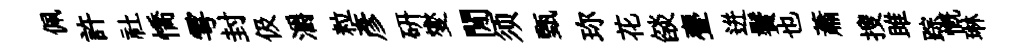
佩許社憍雩封伋灂粒彦研燮閒须甄珎花燄亹迸鬢也蕭搜雎踪慨琳